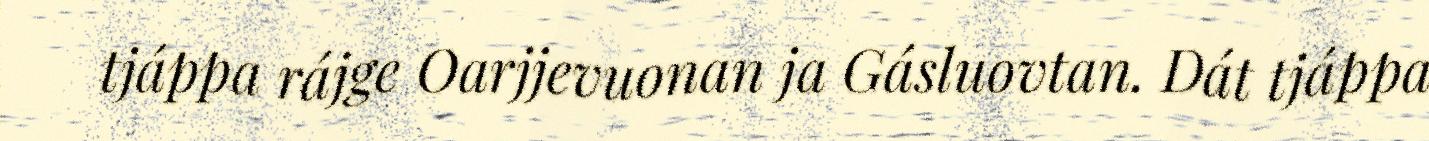
tjáppa rájge Oarjjevuonan ja Gásluovtan. Dát tjáppa